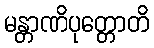
မန္တာဏိပုတ္တောတိ